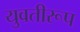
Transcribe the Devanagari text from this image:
युवतीरूप